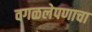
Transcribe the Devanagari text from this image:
वगळलेपणाचा